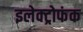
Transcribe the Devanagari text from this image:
इलेक्ट्रोफंक